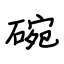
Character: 碗